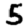
Digit: 5